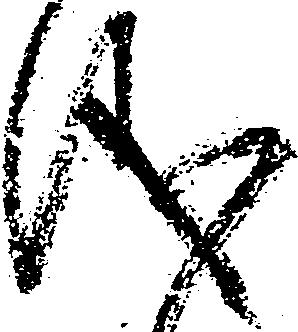
儀